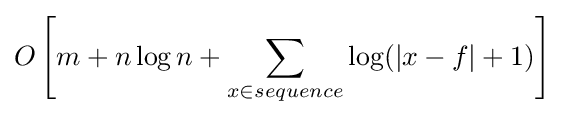
O\left[m+n\log n+\sum _{x\in sequence}\log(|x-f|+1)\right]